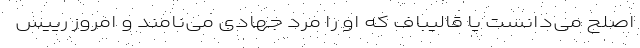
اصلح می‌دانست یا قالیباف که او را مرد جهادی می‌نامند و امروز رییس